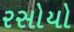
રસોયો